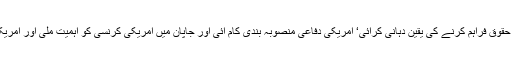
امریکہ نے بنیادی حقوق فراہم کرنے کی یقین دہانی کرائی‘ امریکی دفاعی منصوبہ بندی کام آئی اور جاپان میں امریکی کرنسی کو اہمیت ملی اور امریکی ڈالرمضبوط ہوا۔